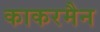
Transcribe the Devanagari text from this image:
काकरमैन